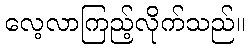
လေ့လာကြည့်လိုက်သည်။